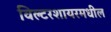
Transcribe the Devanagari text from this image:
विल्टरशायरमधील